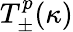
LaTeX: T_{\pm}^{p}(\kappa)